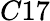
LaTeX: C17